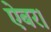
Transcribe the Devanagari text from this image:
ऐबर।